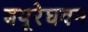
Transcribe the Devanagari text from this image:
बयूरेघवन